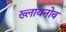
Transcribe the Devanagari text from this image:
ख्लायनोव